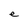
Character: e